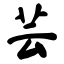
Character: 芸